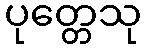
ပုတ္တေသု